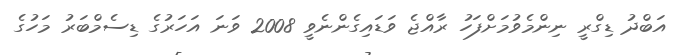
އަބްދު ޑިގްރީ ނިންމެވުމަށްފަހު ރާއްޖެ ވަޑައިގެންނެވީ 2008 ވަނަ އަހަރުގެ ޑިސެމްބަރު މަހުގެ